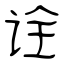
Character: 诠